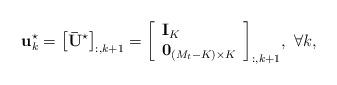
LaTeX: \begin{align*} {\bf{u}}_k^{\star} = {\left[ {\bf{\bar U}}^ {\star} \right]_{:,k + 1}} = {\left[ \begin{array}{l}{{\bf{I}}_K}\\{{\bf{0}}_{\left( {{M_t} - K} \right) \times K}}\end{array} \right]_{:,k + 1}}, \ \forall k, \end{align*}